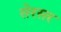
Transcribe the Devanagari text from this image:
सेरसर